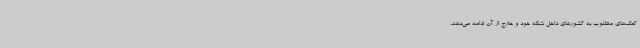
کمک‌های مطلوب به کشورهای داخل شبکه خود و خارج از آن ادامه می‌دهد.